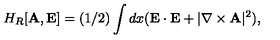
H _ { R } [ { \bf A } , { \bf E } ] = ( 1 / 2 ) \int d x ( { \bf E } \cdot { \bf E } + | \nabla \times { \bf A } | ^ { 2 } ) ,